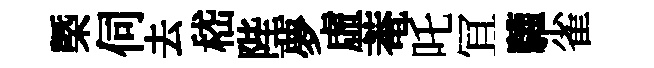
㮣伺去嵇陛夢虛菴吒冝驩雀